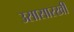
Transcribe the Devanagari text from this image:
उसासारखी